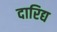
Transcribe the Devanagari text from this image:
दारिद्य